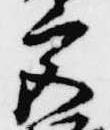
宮